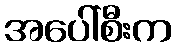
အပေါ်စီးက